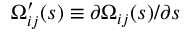
\Omega _ { i j } ^ { \prime } ( s ) \equiv \partial \Omega _ { i j } ( s ) / \partial s